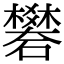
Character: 礬